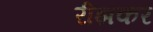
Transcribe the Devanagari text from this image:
रीझकर